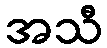
အသီ